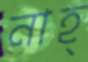
নাহ্